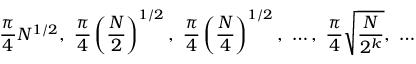
{ \frac { \pi } { 4 } } { N } ^ { 1 / 2 } , \ { \frac { \pi } { 4 } } \left( { \frac { N } { 2 } } \right) ^ { 1 / 2 } , \ { \frac { \pi } { 4 } } \left( { \frac { N } { 4 } } \right) ^ { 1 / 2 } , \ \ldots , \ { \frac { \pi } { 4 } } { \sqrt { \frac { N } { 2 ^ { k } } } } , \ \ldots